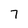
Character: 7